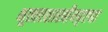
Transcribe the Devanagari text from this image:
भूस्तरशास्त्रीयदृष्ट्या